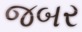
જબર